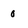
Character: 0